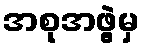
အစုအဖွဲ့မှ